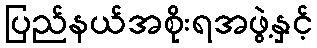
ပြည်နယ်အစိုးရအဖွဲ့နှင့်